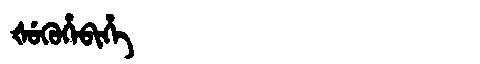
Manchu: ᡧᡠᡴᡠᡥᡝᠪᡳᡥᡝ
Romanization: ŠUKUHEBIHE